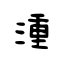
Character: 湩